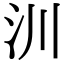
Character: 汌